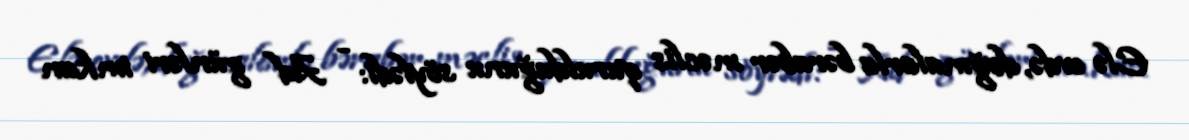
Elə evdə, doğmalarla bərabər məclis qurulduğunu söylədi: - Ad günləri imkan